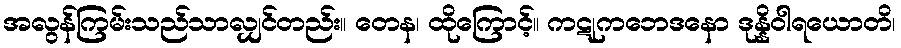
အလွန်ကြမ်းသည်သာလျှင်တည်း။ တေန၊ ထိုကြောင့်။ ကဋုကဘေဒနော ဒုန္နိဝါရယောတိ၊